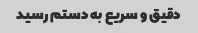
دقیق و سریع به دستم رسید